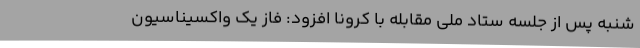
شنبه پس از جلسه ستاد ملی مقابله با کرونا افزود: فاز یک واکسیناسیون